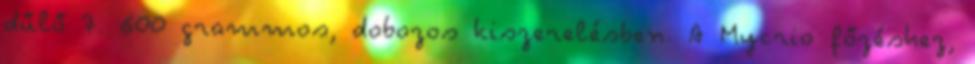
dűlő 7. 600 grammos, dobozos kiszerelésben. A Mycrio főzéshez,